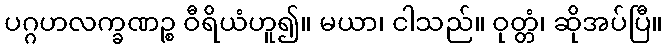
ပဂ္ဂဟလက္ခဏဉ္စ ဝီရိယံဟူ၍။ မယာ၊ ငါသည်။ ဝုတ္တံ၊ ဆိုအပ်ပြီ။